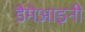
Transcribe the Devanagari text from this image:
डैमेआइनी